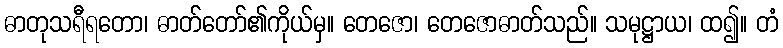
ဓာတုသရီရတော၊ ဓာတ်တော်၏ကိုယ်မှ။ တေဇော၊ တေဇောဓာတ်သည်။ သမုဋ္ဌာယ၊ ထ၍။ တံ